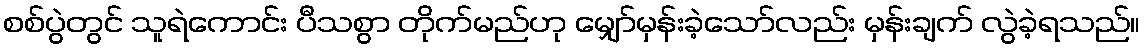
စစ်ပွဲတွင် သူရဲကောင်း ပီသစွာ တိုက်မည်ဟု မျှော်မှန်းခဲ့သော်လည်း မှန်းချက် လွဲခဲ့ရသည်။